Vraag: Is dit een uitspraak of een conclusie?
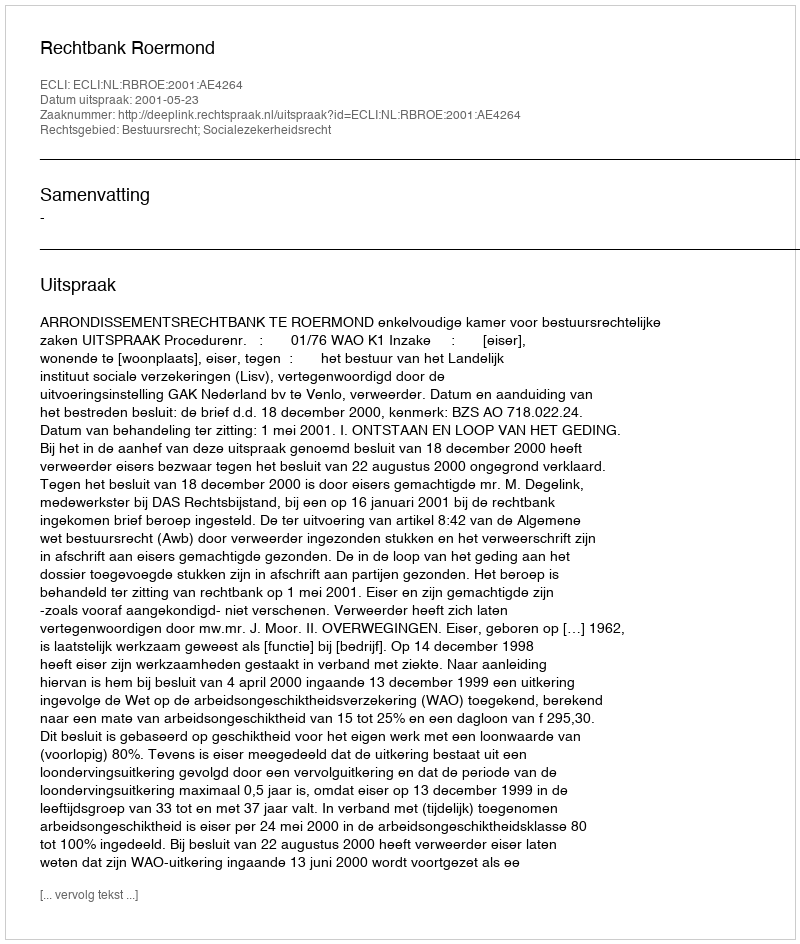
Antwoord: Uitspraak